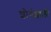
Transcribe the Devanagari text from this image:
शौर्यशाली